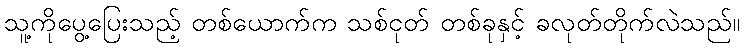
သူ့ကိုပွေ့ပြေးသည့် တစ်ယောက်က သစ်ငုတ် တစ်ခုနှင့် ခလုတ်တိုက်လဲသည်။